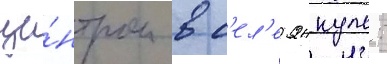
це́нтром в с'ел'е янкуль: